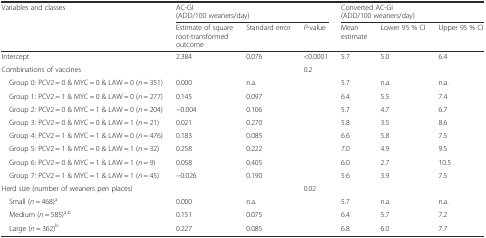
<table><thead><tr><td rowspan="2"><b>Variables and classes</b></td><td colspan="3"><b>AC-GI (ADD/100 weaners/day)</b></td><td colspan="3"><b>Converted AC-GI (ADD/100 weaners/day)</b></td></tr><tr><td><b>Estimate of square root-transformed outcome</b></td><td><b>Standard error</b></td><td><b><i>P</i>-value</b></td><td><b>Mean estimate</b></td><td><b>Lower 95 % CI</b></td><td><b>Upper 95 % CI</b></td></tr></thead><tbody><tr><td>Intercept</td><td>2.384</td><td>0.076</td><td>&lt;0.0001</td><td>5.7</td><td>5.0</td><td>6.4</td></tr><tr><td>Combinations of vaccines</td><td></td><td></td><td>0.2</td><td></td><td></td><td></td></tr><tr><td> Group 0: PCV2 = 0 &amp; MYC = 0 &amp; LAW = 0 (<i>n</i> = 351)</td><td>0.000</td><td>n.a.</td><td></td><td>5.7</td><td>n.a.</td><td>n.a.</td></tr><tr><td> Group 1: PCV2 = 1 &amp; MYC = 0 &amp; LAW = 0 (<i>n</i> = 277)</td><td>0.145</td><td>0.097</td><td></td><td>6.4</td><td>5.5</td><td>7.4</td></tr><tr><td> Group 2: PCV2 = 0 &amp; MYC = 1 &amp; LAW = 0 (<i>n</i> = 204)</td><td>−0.004</td><td>0.106</td><td></td><td>5.7</td><td>4.7</td><td>6.7</td></tr><tr><td> Group 3: PCV2 = 0 &amp; MYC = 0 &amp; LAW = 1 (<i>n</i> = 21)</td><td>0.021</td><td>0.270</td><td></td><td>5.8</td><td>3.5</td><td>8.6</td></tr><tr><td> Group 4: PCV2 = 1 &amp; MYC = 1 &amp; LAW = 0 (<i>n</i> = 476)</td><td>0.183</td><td>0.085</td><td></td><td>6.6</td><td>5.8</td><td>7.5</td></tr><tr><td> Group 5: PCV2 = 1 &amp; MYC = 0 &amp; LAW = 1 (<i>n</i> = 32)</td><td>0.258</td><td>0.222</td><td></td><td>7.0</td><td>4.9</td><td>9.5</td></tr><tr><td> Group 6: PCV2 = 0 &amp; MYC = 1 &amp; LAW = 1 (<i>n</i> = 9)</td><td>0.058</td><td>0.405</td><td></td><td>6.0</td><td>2.7</td><td>10.5</td></tr><tr><td> Group 7: PCV2 = 1 &amp; MYC = 1 &amp; LAW = 1 (<i>n</i> = 45)</td><td>−0.026</td><td>0.190</td><td></td><td>5.6</td><td>3.9</td><td>7.5</td></tr><tr><td>Herd size (number of weaners pen places)</td><td></td><td></td><td>0.02</td><td></td><td></td><td></td></tr><tr><td> Small (<i>n</i> = 468)<sup>a</sup></td><td>0.000</td><td>n.a.</td><td></td><td>5.7</td><td>n.a.</td><td>n.a.</td></tr><tr><td> Medium (<i>n</i> = 585)<sup>a,b</sup></td><td>0.151</td><td>0.075</td><td></td><td>6.4</td><td>5.7</td><td>7.2</td></tr><tr><td> Large (<i>n</i> = 362)<sup>b</sup></td><td>0.227</td><td>0.085</td><td></td><td>6.8</td><td>6.0</td><td>7.7</td></tr></tbody></table>